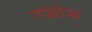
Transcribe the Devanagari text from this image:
रप्रदेश